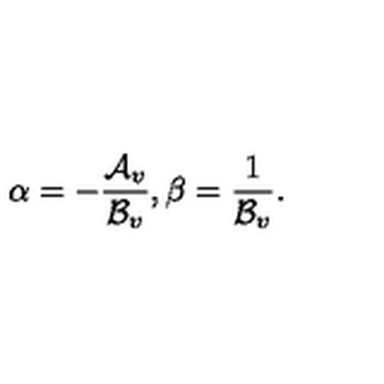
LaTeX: \alpha = - { \frac { { \cal A } _ { v } } { { \cal B } _ { v } } } , \beta = { \frac { 1 } { { \cal B } _ { v } } } .